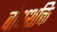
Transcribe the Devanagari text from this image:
बोधशक्ति